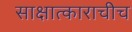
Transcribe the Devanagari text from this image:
साक्षात्काराचीच